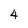
Character: 4